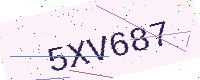
Text: 5XV687